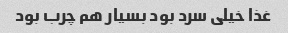
غذا خیلی سرد بود بسیار هم چرب بود